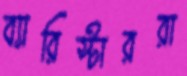
ব্যারিস্টাররা